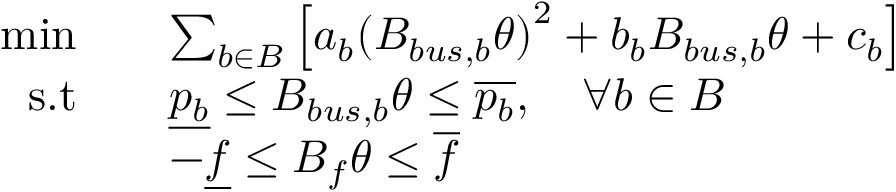
\begin{array} { r l } { \mathrm { m i n } \quad } & { \sum _ { b \in \cal B } \left[ a _ { b } { ( B _ { b u s , b } \theta ) } ^ { 2 } + b _ { b } B _ { b u s , b } \theta + c _ { b } \right] } \\ { \mathrm { s . t } \quad } & { \underline { { p _ { b } } } \leq B _ { b u s , b } \theta \leq \overline { { p _ { b } } } , \quad \forall b \in \cal B } \\ & { - \underline { { f } } \leq B _ { f } \theta \leq \overline { { f } } } \end{array}